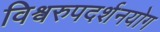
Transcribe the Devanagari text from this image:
विश्वरुपदर्शनयोग